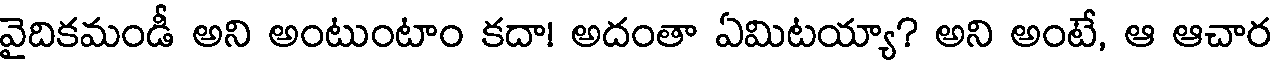
వైదికమండీ అని అంటుంటాం కదా! అదంతా ఏమిటయ్యా? అని అంటే, ఆ ఆచార